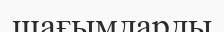
шағымдарды